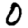
Digit: 0